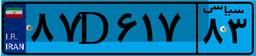
۸۷D۶۱۷۸۳